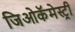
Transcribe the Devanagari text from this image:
जिओकॅमेस्ट्री